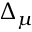
\Delta _ { \mu }